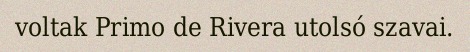
voltak Primo de Rivera utolsó szavai.